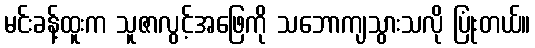
မင်းခန့်ထူးက သူဇာလွင့်အဖြေကို သဘောကျသွားသလို ပြုံးတယ်။